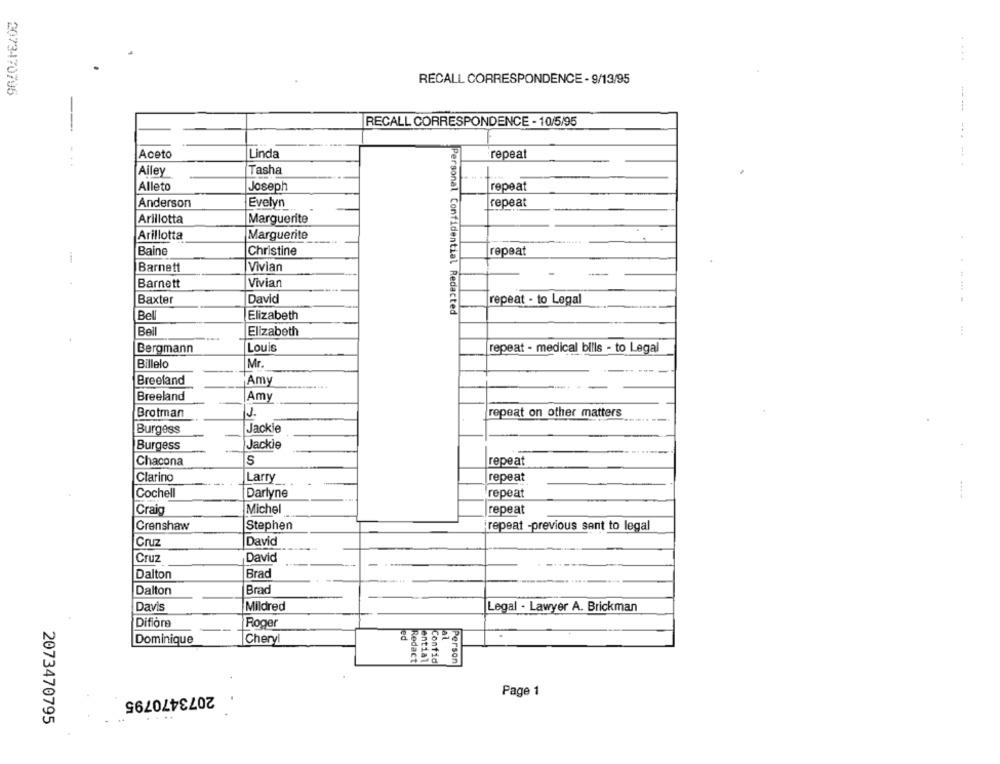
RECALL CORRESPONDENCE - 9/13/95
2073470795
RECALL CORRESPONDENCE - 10/5/95
Aceto
Linda
repeat
Alley
Tasha
Alleto
Joseph
repeat
Anderson
Evelyn
repeat
Arillotta
Marguerite
Arillotta
Marguerite
Baine
Christine
repeat
i
Barnett
Vivian
Vivian
Barnett
David
Baxter
repeat - to Legal
.----
Bell
Elizabeth
Personal Confidential Redacted
Bell
Elizabeth
Bergmann
Louis
repeat - medical bills - to Legal
Billelo
Mr.
Breeland
Amy
Breeland
Amy
J.
repeat on other matters
Brotman
Jackie
Burgess
Burgess
Jackie
Chacona
S
repeat
Clarino
Larry
repeat
Cochell
Darlyne
repeat
Craig
Michel
repeat
Crenshaw
Stephen
repeat -previous sant to legal
Cruz
David
Cruz
David
Dalton
Brad
Dalton
Brad
Davis
Mildred
Legal - Lawyer A. Brickman
Difiore
Roger
Dominique
Cheryl
led
al
Redact
ential
Confid
Person
2073470795
Page 1
.
2073470795
....